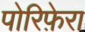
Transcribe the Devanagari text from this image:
पोरिफ़ेरा